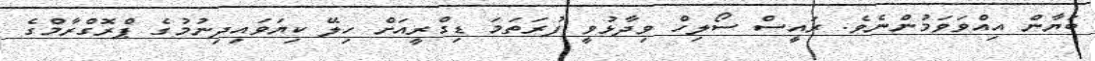
ބަޔާން އިއްވަވަމުންނެވެ. ރައީސް ސޯލިހް ވިދާޅުވީ ފުރަތަމަ ޑިގްރީއަށް ހިލޭ ކިޔަވައިދިނުމުގެ ޕްރޮގްރާމްގެ